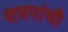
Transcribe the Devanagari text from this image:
शत्रपांची